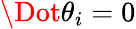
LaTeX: \Dot{\theta}_{i}=0